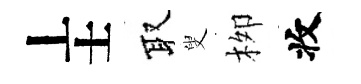
丄士取叟栁收